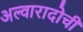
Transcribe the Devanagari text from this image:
अल्वारादोची